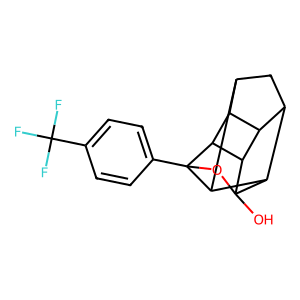
SMILES: OC12OC3(c4ccc(C(F)(F)F)cc4)C4C5CC(C6C5C3C61)C42
Inhibits HIV replication: No